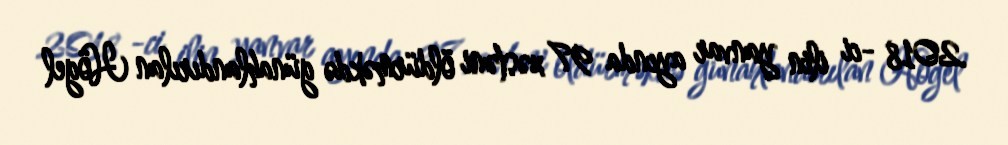
2018 -ci ilin yanvar ayında 97 xəstəni öldürməkdə günahlandırılan Högel